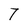
Character: 7